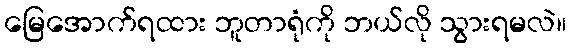
မြေအောက်ရထား ဘူတာရုံကို ဘယ်လို သွားရမလဲ။